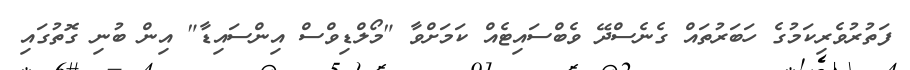
ފަތުރުވެރިކަމުގެ ހަބަރުތައް ގެނެސްދޭ ވެބްސައިޓެއް ކަމަށްވާ "މޯލްޑިވްސް އިންސައިޑާ" އިން ބުނި ގޮތުގައި